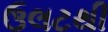
ઉલટથી